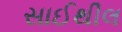
સાઈથીલ